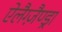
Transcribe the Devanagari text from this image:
ऐलैग्ज़ैण्ड्रा